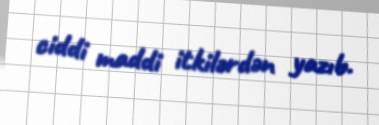
ciddi maddi itkilərdən yazıb.